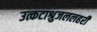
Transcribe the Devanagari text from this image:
उत्कटाश्रुजललहरी